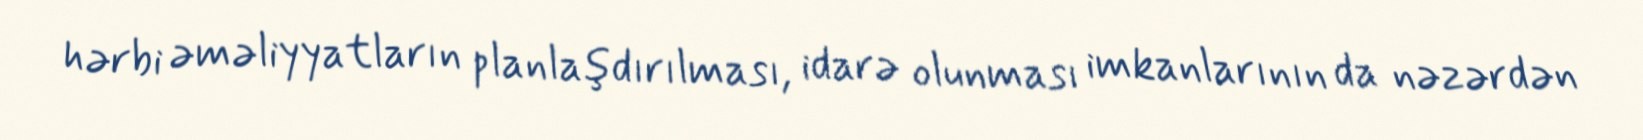
hərbi əməliyyatların planlaşdırılması, idarə olunması imkanlarının da nəzərdən